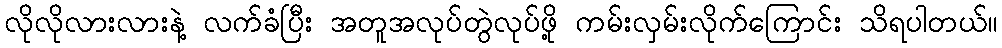
လိုလိုလားလားနဲ့ လက်ခံပြီး အတူအလုပ်တွဲလုပ်ဖို့ ကမ်းလှမ်းလိုက်ကြောင်း သိရပါတယ်။